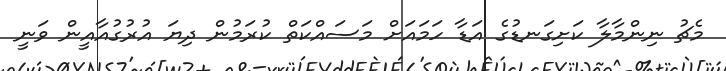
މެޗު ނިންމާލާ ކަށިގަނޑުގެ އަޑާ ހަމައަށް މަސައްކަތް ކުރަމުން ދިޔަ އުރުގުއާއީން ވަނީ